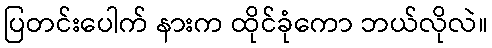
ပြတင်းပေါက် နားက ထိုင်ခုံကော ဘယ်လိုလဲ။